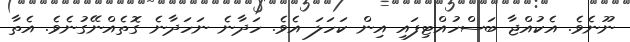
ނޫނެވެ. އެކުއްޖާ ބަސްހުއްޓިފައި އިން ކަހަލަ އެވެ. ހަދާނެ ނަހަދާނެ ގޮތެއްނޭގުނެވެ. އެތާ